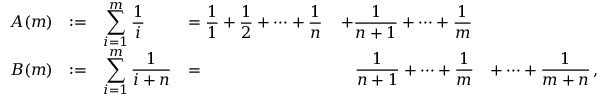
\begin{array} { r c l l c l } { A ( m ) } & { : = } & { \displaystyle \sum _ { i = 1 } ^ { m } \frac { 1 } { i } } & { = \displaystyle \frac { 1 } { 1 } + \frac { 1 } { 2 } + \dots + \frac { 1 } { n } } & { \displaystyle + \frac { 1 } { n + 1 } + \dots + \frac { 1 } { m } } & \\ { B ( m ) } & { : = } & { \displaystyle \sum _ { i = 1 } ^ { m } \frac { 1 } { i + n } } & { = } & { \displaystyle \ \ \ \frac { 1 } { n + 1 } + \dots + \frac { 1 } { m } } & { \displaystyle + \dots + \frac { 1 } { m + n } \, , } \end{array}